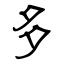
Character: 多